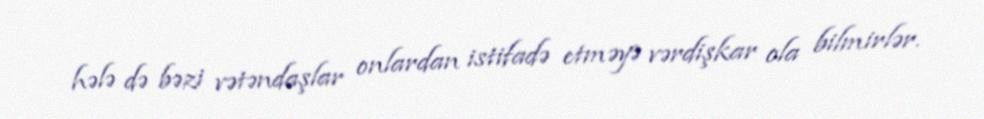
hələ də bəzi vətəndaşlar onlardan istifadə etməyə vərdişkar ola bilmirlər.